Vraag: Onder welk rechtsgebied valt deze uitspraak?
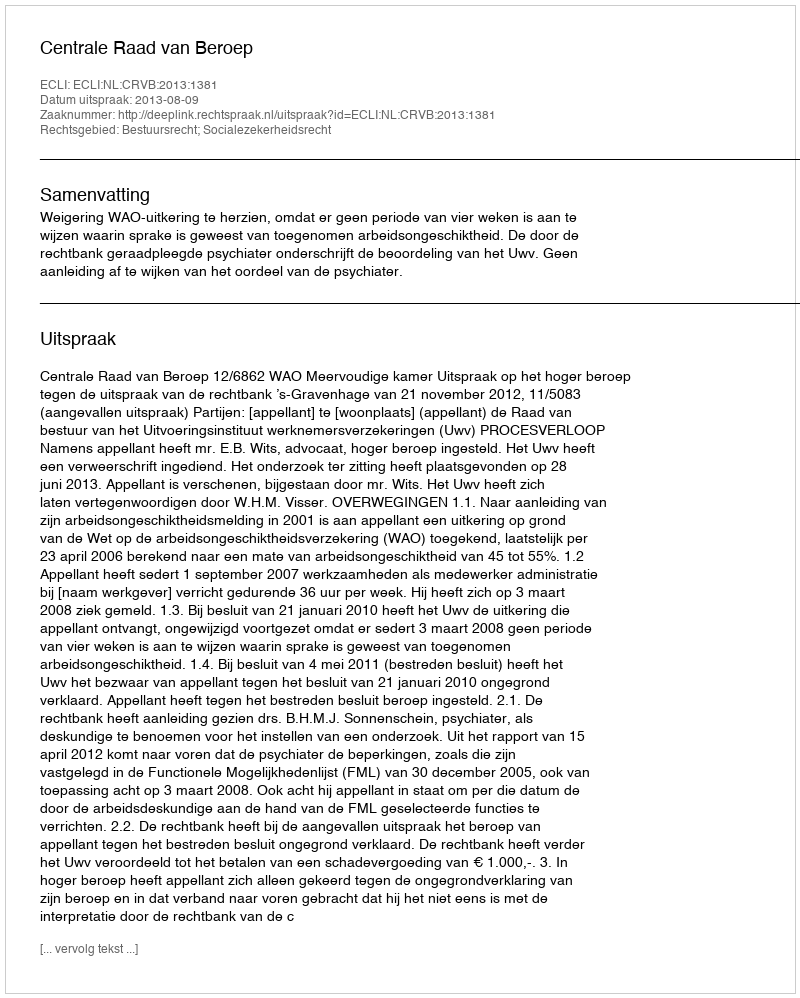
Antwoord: Bestuursrecht; Socialezekerheidsrecht